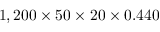
1 , 2 0 0 \times 5 0 \times 2 0 \times 0 . 4 4 0